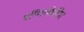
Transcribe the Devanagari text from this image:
इम्प्लिकेटिंग